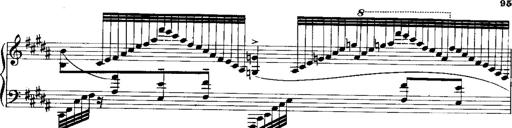
Title: RÃ©miniscences de Norma de Bellini
Composer: Franz Liszt